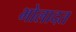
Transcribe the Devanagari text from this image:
भोलादत